Punjab Mental Hospital Lahore 1932-46 - 1932-1946
Year: 1932
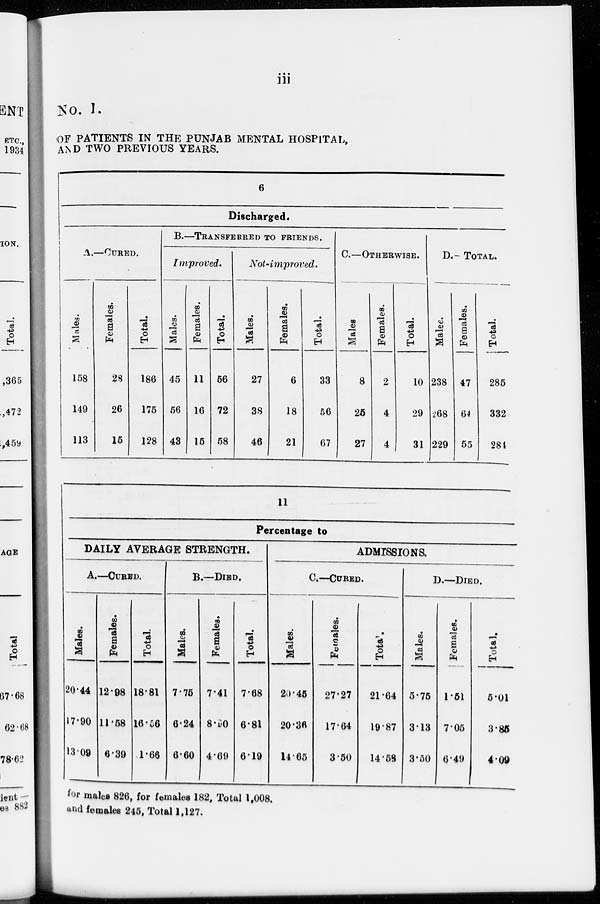
iii
No. I.
OF PATIENTS IN THE PUNJAB MENTAL HOSPITAL,
AND TWO PREVIOUS YEARS.
6
Discharged.
A.—CURED.
Males.
158
149
113
Females.
28
26
15
Total.
186
175
128
B.—TRANSFERRED TO FRIENDS.
Improved.
Males.
45
56
43
Females.
11
16
15
Total.
56
72
58
Not-improved.
Males.
27
38
46
Females.
6
18
21
Total.
33
56
67
C.—OTHERWISE.
Males.
8
25
27
Females.
2
4
4
Total.
10
29
31
D.— TOTAL.
Males.
238
268
229
Females.
47
64
55
Total.
285
332
284
11
Percentage to
DAILY AVERAGE STRENGTH.
A.—CURED.
Males.
20.44
17.90
13.09
Females.
12.98
11.58
6.39
Total.
18.81
16.56
1.66
B.— DIED.
Males.
7.75
6.24
6.60
Females.
7.41
8.90
4.69
Total.
7.68
6.81
6.19
ADMISSIONS.
C.—CURED.
Males.
20.45
20.36
14.65
Females.
27.27
17.64
3.50
Total.
21.64
19.87
14.58
D.—DIED.
Males.
5.75
3.13
3.50
Females.
1.51
7.05
6.49
Total.
5.01
3.85
4.09
for males 826, for females 182, Total l,008.
and females 245, Total 1,127.